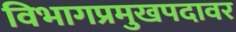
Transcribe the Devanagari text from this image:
विभागप्रमुखपदावर